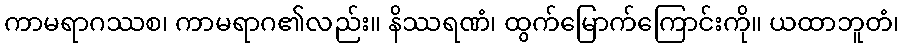
ကာမရာဂဿစ၊ ကာမရာဂ၏လည်း။ နိဿရဏံ၊ ထွက်မြောက်ကြောင်းကို။ ယထာဘူတံ၊